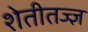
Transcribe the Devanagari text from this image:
शेतीतज्‍ज्ञ